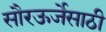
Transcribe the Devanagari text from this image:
सौरऊर्जेसाठी